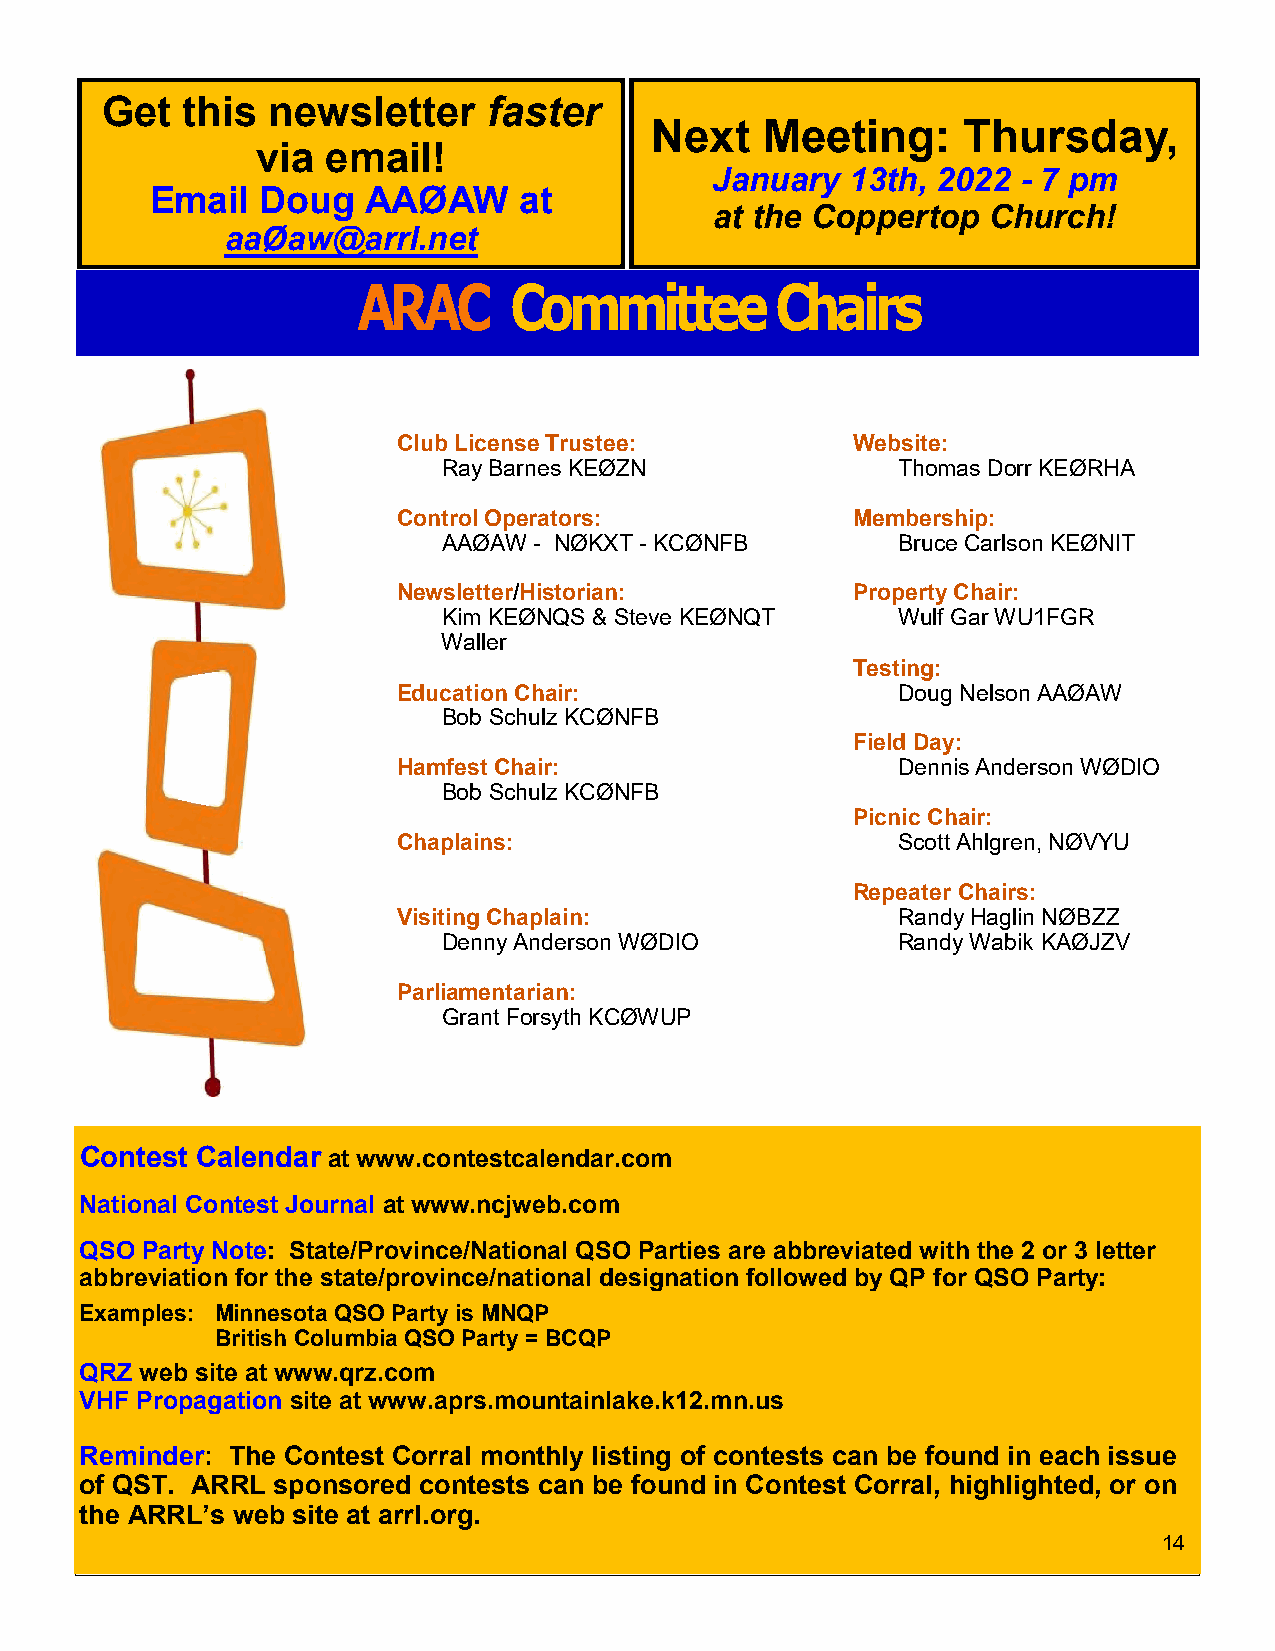
Get  this  newsletter    faster
 Next   Meeting:      Thursday,
 via  email!
 January  13th, 2022  - 7 pm
 Email  Doug   AAØAW     at
 at the Coppertop  Church!
 aaØaw@arrl.net
 ARAC      Committee         Chairs
 Club License Trustee:         Website:
 Ray Barnes KEØZN              Thomas Dorr KEØRHA
 Control Operators:            Membership:
 AAØAW - NØKXT - KCØNFB        Bruce Carlson KEØNIT
 Newsletter/Historian:         Property Chair:
 Kim KEØNQS & Steve KEØNQT     Wulf Gar WU1FGR
 WallWaller
 Testing:
 Education Chair:                 Doug Nelson AAØAW
 Bob Schulz KCØNFB
 Field Day:
 Hamfest Chair:                   Dennis Anderson WØDIO
 Bob Schulz KCØNFB
 Picnic Chair:
 Chaplains:                       Scott Ahlgren, NØVYU
 Repeater Chairs:
 Visiting Chaplain:               Randy Haglin NØBZZ
 Denny Anderson WØDIO          Randy Wabik KAØJZV
 Parliamentarian:
 Grant Forsyth KCØWUP
 Contest Calendar at www.contestcalendar.com
 National Contest Journal at www.ncjweb.com
 QSO Party Note: State/Province/National QSO Parties are abbreviated with the 2 or 3 letter
 abbreviation for the state/province/national designation followed by QP for QSO Party:
 Examples: Minnesota QSO Party is MNQP
 British Columbia QSO Party = BCQP
 QRZ web site at www.qrz.com
 VHF Propagation site at www.aprs.mountainlake.k12.mn.us
 Reminder: The Contest Corral monthly listing of contests can be found in each issue
 of QST. ARRL sponsored contests can be found in Contest Corral, highlighted, or on
 the ARRL’s web site at arrl.org.
 14
 14